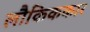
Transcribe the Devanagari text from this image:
लौकिककार